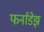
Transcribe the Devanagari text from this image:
फर्नांडेझ